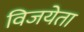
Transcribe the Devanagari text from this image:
विजयेता